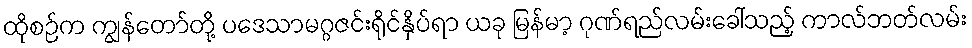
ထိုစဉ်က ကျွန်တော်တို့ ပဒေသာမဂ္ဂဇင်းရိုင်နှိပ်ရာ ယခု မြန်မာ့ ဂုဏ်ရည်လမ်းခေါ်သည့် ကာလ်ဘတ်လမ်း